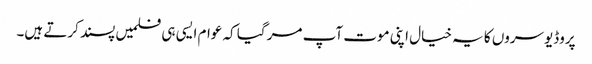
پروڈیوسروں کا یہ خیال اپنی موت آپ مر گیا کہ عوام ایسی ہی فلمیں پسند کرتے ہیں۔